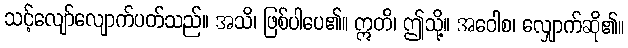
သင့်လျော်လျောက်ပတ်သည်။ အသိ၊ ဖြစ်ပါပေ၏။ ဣတိ၊ ဤသို့။ အဝေါစ၊ လျှောက်ဆို၏။